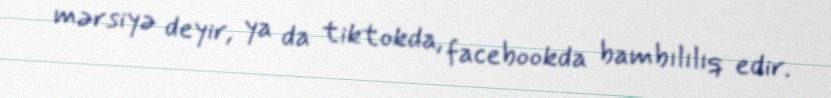
mərsiyə deyir, ya da tiktokda, facebookda bambılılıq edir.